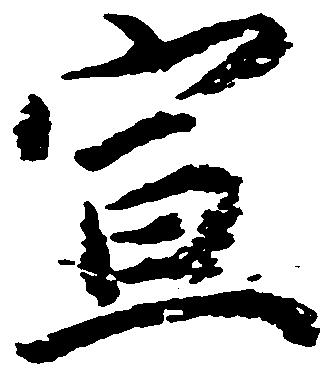
宣